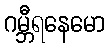
ဂမ္ဘီရနေမော